Civil Veterinary Department Bengal reports 1933-51 - 1933-1951
Year: 1933
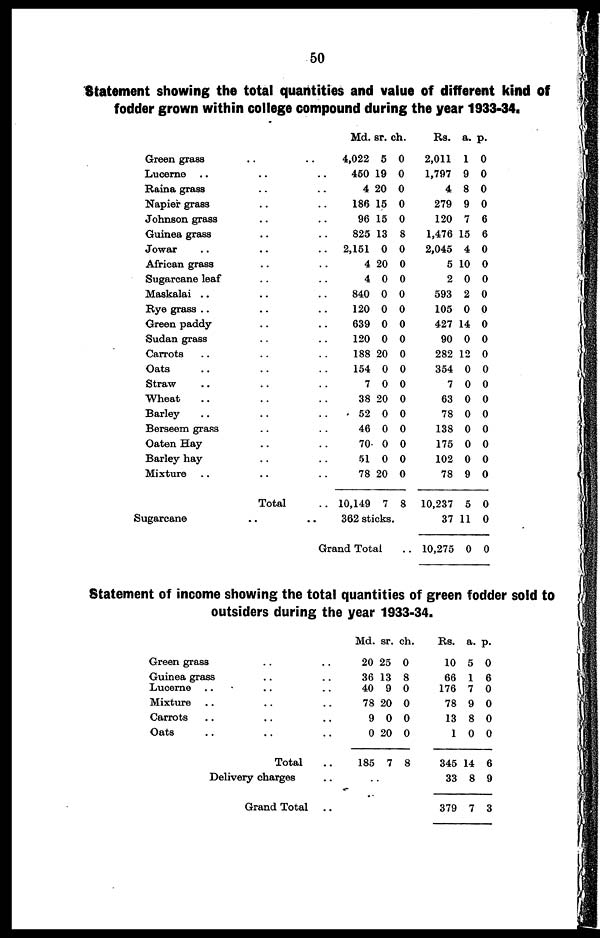
50
Statement showing the total quantities and value of different kind of
fodder grown within college compound during the year 1933-34.
Green grass .. ..
Lucerne .. .. ..
Raina grass .. ..
Napier grass .. ..
Johnson grass .. ..
Guinea grass .. ..
Jowar .. .. ..
African grass .. ..
Sugarcane leaf .. ..
Maskalai .. .. ..
Rye grass .. ..
Green paddy .. ..
Sudan grass .. ..
Carrots .. .. ..
Oats .. .. ..
Straw .. .. ..
Wheat .. .. ..
Barley .. .. ..
Berseem grass .. ..
Oaten Hay .. ..
Barley hay .. ..
Mixture .. .. ..
Total ..
Sugarcane .. ..
Md.
4,022
450
4 2
186
96
825
2,151
4
4
840
120
639
120
188
154
7
38
52
46
70
51
78
10,149
sr.
5
19
0
15
15
13
0
20
0
0
0
0
0
20
0
0
20
0
0
0
0
20
7
ch.
0
0
0
0
0
8
0
0
0
0
0
0
0
0
0
0
0
0
0
0
0
0
8
362 sticks.
Grand Total ..
Rs.
2,011
1,797
4
279
120
1,476
2,045
5
2
593
105
427
90
282
354
7
63
78
138
175
102
78
10,237
37
10,275
a.
1
9
8
9
7
15
4
10
0
2
0
14
0
12
0
0
0
0
0
0
0
9
5
11
0
p.
0
0
0
0
6
6
0
0
0
0
0
0
0
0
0
0
0
0
0
0
0
0
0
0
0
Statement of income showing the total quantities of green fodder sold to
outsiders during the year 1933-34.
Green grass .. ..
Guinea grass .. ..
Lucerne .. .. ..
Mixture .. .. ..
Carrots .. .. ..
Oats .. .. ..
Total ..
Delivery charges ..
Grand Total
..
Md.
20
36
40
78
9
0
185
..
sr.
25
13
9
20
0
20
7
ch.
0
8
0
0
0
0
8
Rs.
10
66
176
78
13
1
345
33
379
a.
5
1
7
9
8
0
14
8
7
p.
0
6
0
0
0
0
6
9
3